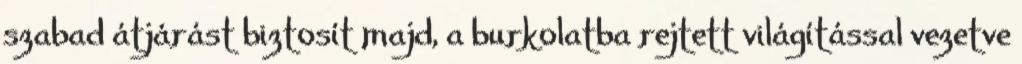
szabad átjárást biztosít majd, a burkolatba rejtett világítással vezetve